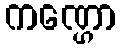
ကဏ္ဌော